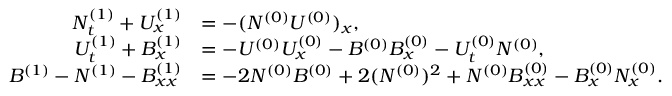
\begin{array} { r l } { N _ { t } ^ { ( 1 ) } + U _ { x } ^ { ( 1 ) } } & { = - ( N ^ { ( 0 ) } U ^ { ( 0 ) } ) _ { x } , } \\ { U _ { t } ^ { ( 1 ) } + B _ { x } ^ { ( 1 ) } } & { = - U ^ { ( 0 ) } U _ { x } ^ { ( 0 ) } - B ^ { ( 0 ) } B _ { x } ^ { ( 0 ) } - U _ { t } ^ { ( 0 ) } N ^ { ( 0 ) } , } \\ { B ^ { ( 1 ) } - N ^ { ( 1 ) } - B _ { x x } ^ { ( 1 ) } } & { = - 2 N ^ { ( 0 ) } B ^ { ( 0 ) } + 2 ( N ^ { ( 0 ) } ) ^ { 2 } + N ^ { ( 0 ) } B _ { x x } ^ { ( 0 ) } - B _ { x } ^ { ( 0 ) } N _ { x } ^ { ( 0 ) } . } \end{array}